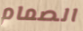
الصمام